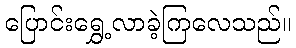
ပြောင်းရွှေ့လာခဲ့ကြလေသည်။